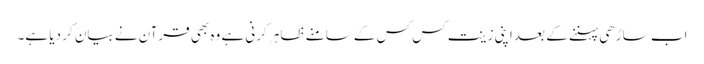
اب ساڑھی پہننے کے بعد اپنی زینت کس کس کے سامنے ظاہر کرنی ہے وہ بھی قرآن نے بیان کر دیا ہے۔